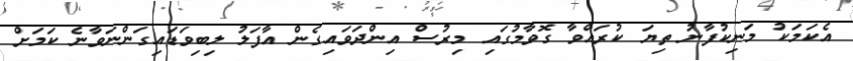
އެކަމަކު މަނިކުފާނު ތިޔަ ކުރައްވާ ގޮވާމުގައި މިރުސް އިންދަވައިގެން އާފަލު ލިބިވަޑައިގަންނަވާނެ ކަމަށް